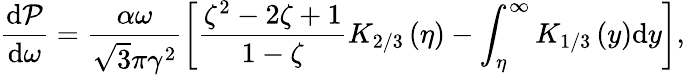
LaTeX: \frac{\mathrm{d}\mathcal{P}}{\mathrm{d}\omega}=\frac{\alpha\omega}{\sqrt{3}\pi\gamma^{2}}\left[\frac{\zeta^{2}-2\zeta+1}{1-\zeta}K_{2/3}\left(\eta\right)-\int_{\eta}^{\infty}K_{1/3}\left(y\right)\mathrm{d}y\right],